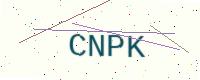
Text: CNPK